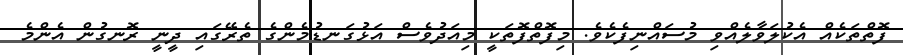
ފޮތްތަކެއް އެކުލަވާލެއްވި މުސައްނިފެކެވެ. މިފޮތްފޮތަކީ މިއަދުވެސް އަޅުގަނޑުމެންގެ ތެރޭގައި ދީނީ ރޮނގުން އެންމެ